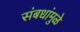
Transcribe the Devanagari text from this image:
संबधांमुळे